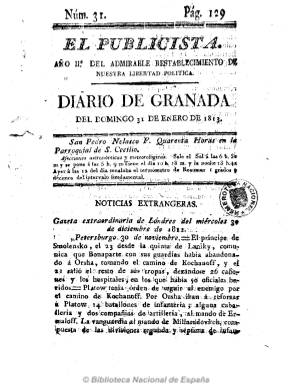
Título: El Publicista (Granada)
Colección: Periódicos anteriores a 1850
Ámbito geográfico: Granada
Lugar de publicación: Granada
Fechas: 31/03/1813-31/03/1813

Periódico político y noticioso, de carácter liberal avanzado, anticlerical, antiabsolutista y antiafrancesado. Su principal redactor fue Salvador Sánchez del Águila y en sus páginas dio cobijo a numerosos colaboradores, que firmaron con sus nombres o bajo seudónimo. De frecuencia diaria, aunque Luis del Arco dice que es semanal, y en números de cuatro páginas, y a veces de ocho. Se considera continuador del también diario del mismo carácter ideológico titulado El diálogo granadino, cuyos redactores habían comenzado a editar el uno de noviembre de 1812 en la Imprenta Real, y que tras estampar sus dos primeros números, el encargado de esta, presumiblemente alarmado por sus contenidos, empezará a sacar en su lugar y con similar estructura otro titulado El patriótico, más moderado que aquel.

El publicista aparece, pues, el tres de noviembre de 1812, seriado con el número 3, saliendo de la Imprenta del Exército, hasta su desaparición en julio de 1813, aunque Gómez Ímaz señala que cesó en 1814. Bajo su cabecera aparece estampada la leyenda “Año I [II, en 1813] del admirable restablecimiento de nuestra libertad política: Diario de Granada”, que hace alusión tanto al abandono de las tropas francesas de la ciudad, que se había producido el 16 de septiembre de 1812, como a la cabecera del diario que la Junta Suprema de Granada había publicado entre 1808 y 1810, dando lugar por tanto a cierta confusión en la conformación del título, pues tanto la denominación El publicista como Diario de Granada aparecen con el mismo alarde tipográfico en la cabecera del periódico.

El publicista comienza cada número con el santoral y las afecciones astronómicas y meteorológicas, para continuar con las secciones de noticias “extrangeras” y del “reino”, generalmente extractos de otros periódicos referidos a las guerras napoleónicas. Al final, también incluye las secciones locales con breves noticias de “ventas” y “avisos”. Publicó asimismo artículos políticos y doctrinales y polemizó con Diario crítico y erudito, al que le acusó de afrancesado, y, especialmente, con el La vigarra, de carácter conservador. Incluso, después de dejar de publicarse, este diario fue perseguido por la Inquisición en 1815, que ordenó la recogida de dos de sus números publicados bajo pena de excomunión. Véanse los estudios de Molina Fajardo y Manjón-Cabeza Sánchez.